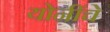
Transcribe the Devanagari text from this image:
योनींचे